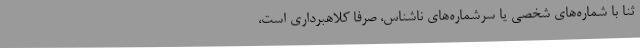
ثنا با شماره‌های شخصی یا سرشماره‌های ناشناس، صرفاً کلاهبرداری است،